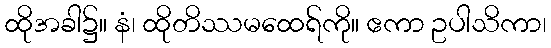
ထိုအခါ၌။ နံ၊ ထိုတိဿမထေရ်ကို။ ဧကာ ဥပါသိကာ၊